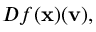
D f ( \mathbf { x } ) ( \mathbf { v } ) ,